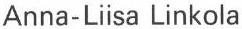
Anna-Liisa Linkola